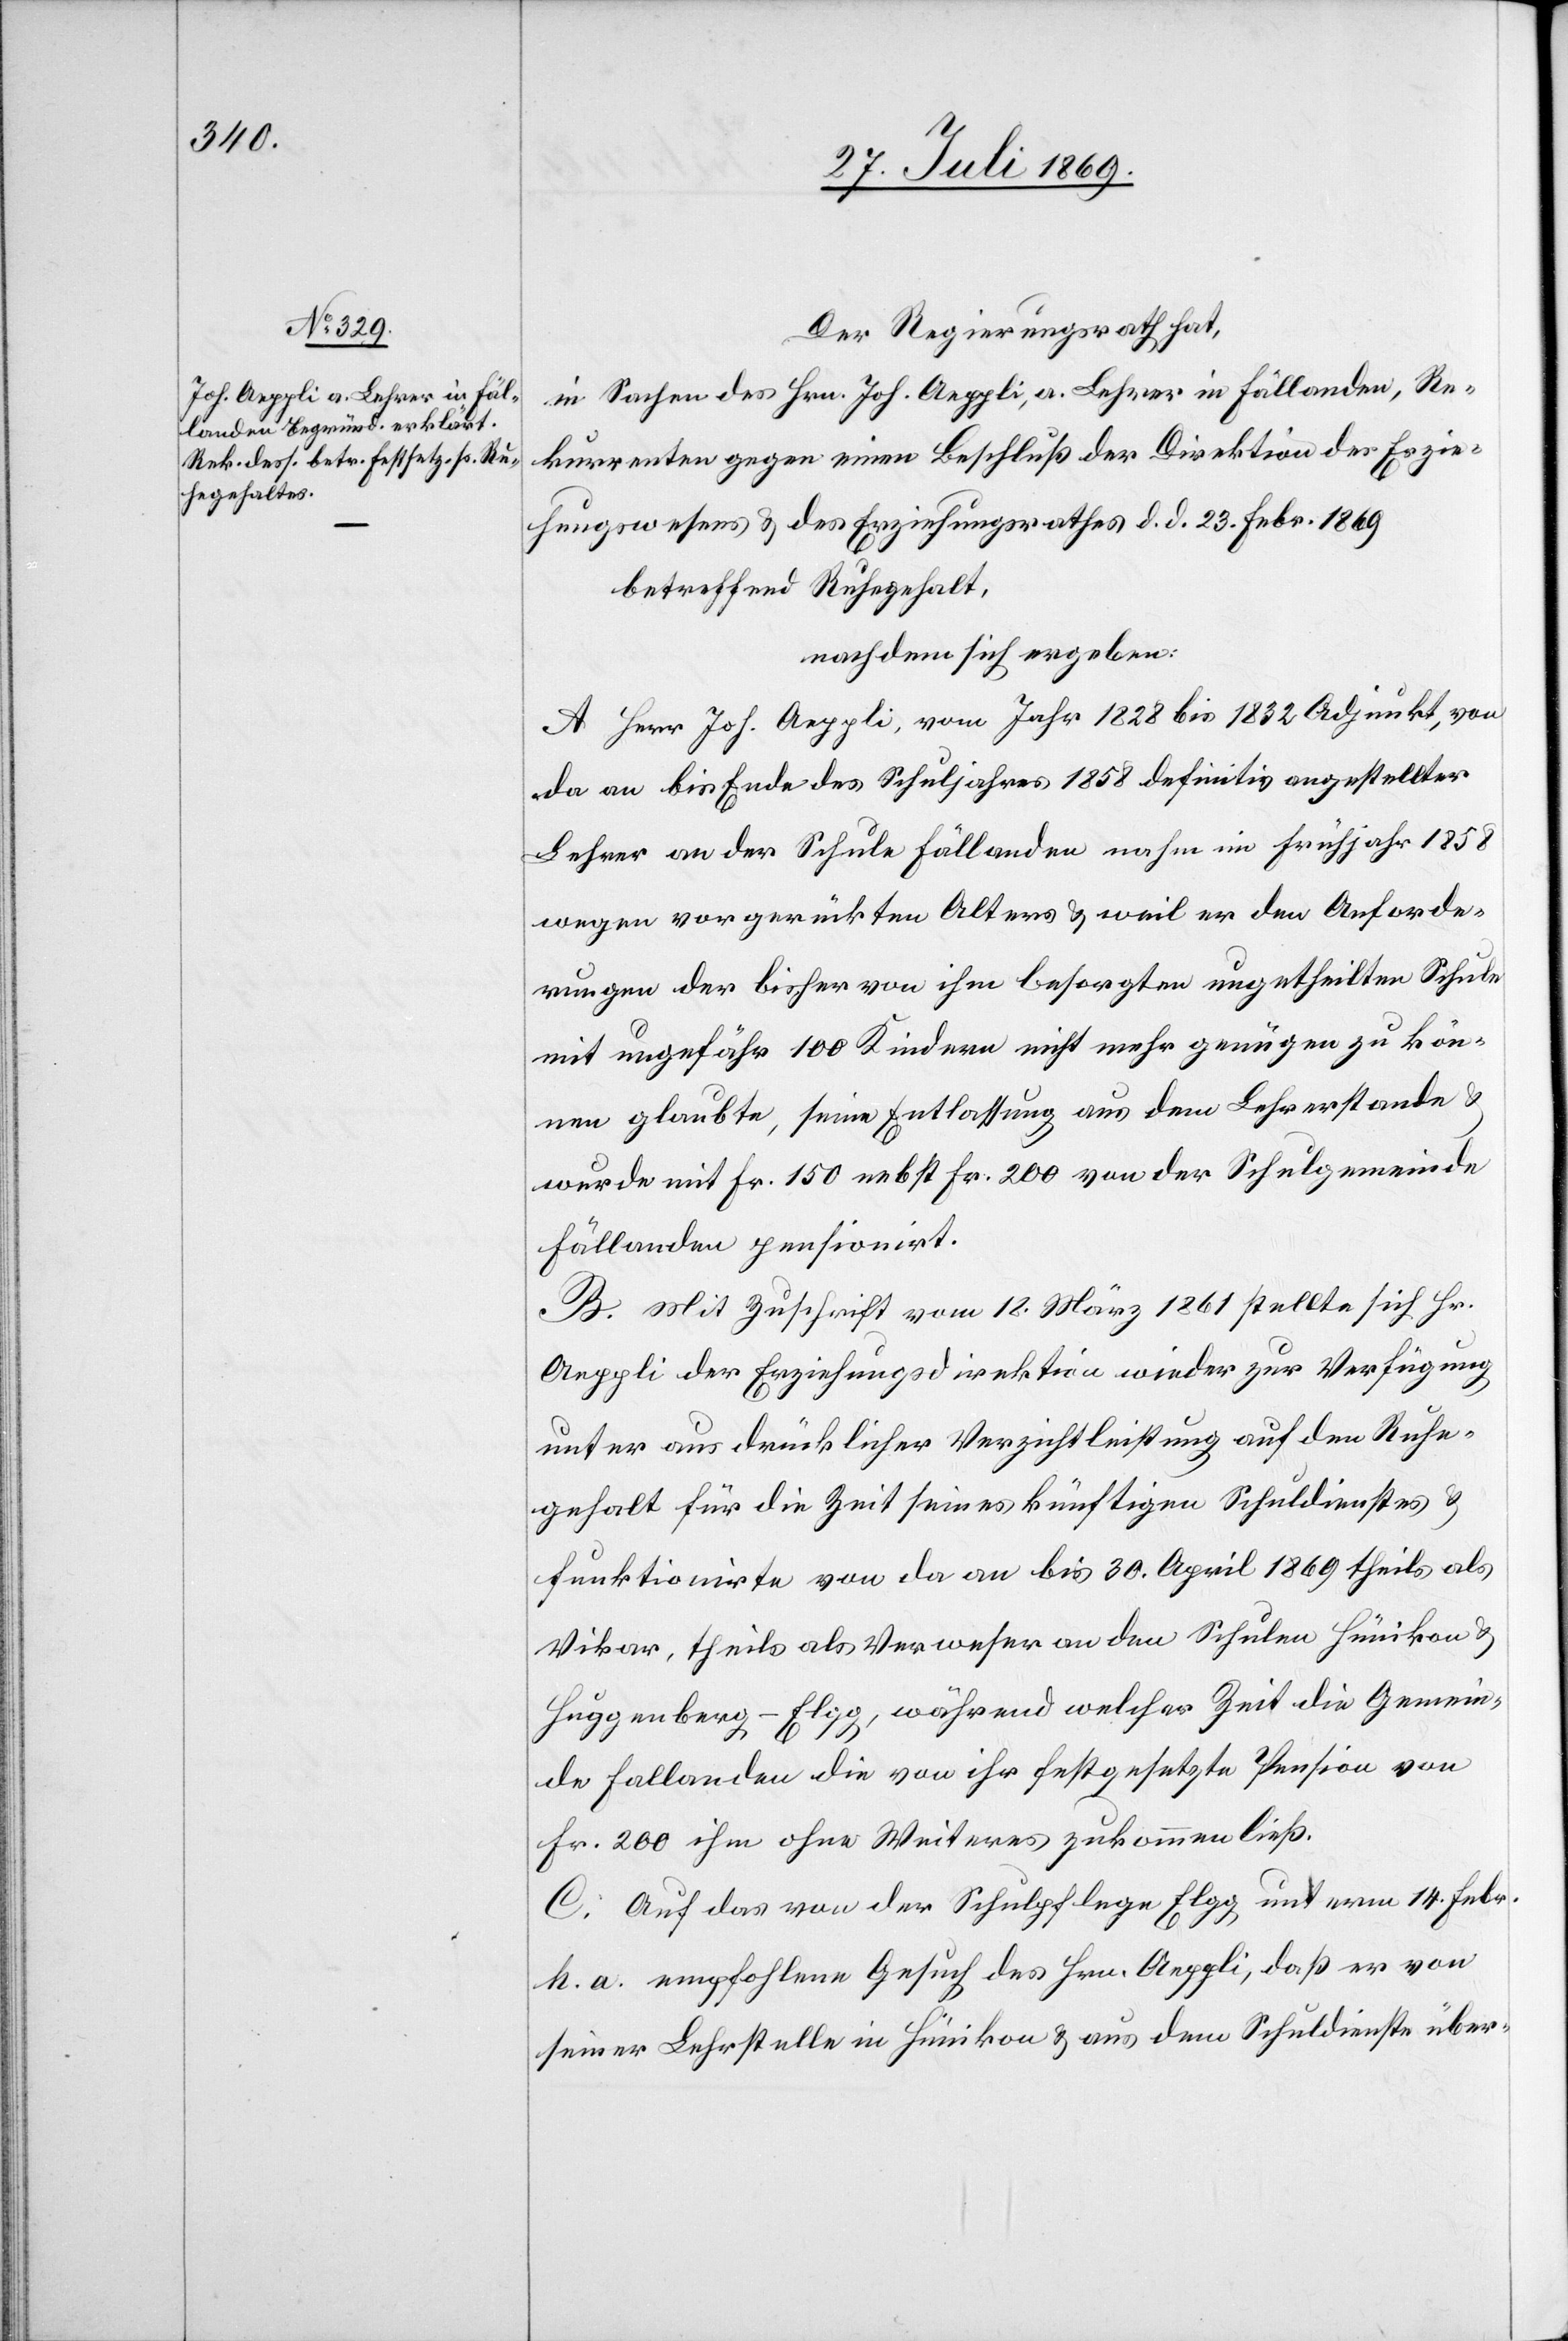
Der Regierungsrath hat,
in Sachen des Hrn. Joh. Aeppli, a. Lehrer in Fällanden, Re¬
kurrenten gegen einen Beschluß der Direktion des Erzie¬
hungswesens u. des Erziehungsrathes d. d. 23. Febr. 1869
betreffend Ruhegehalt,
nachdem sich ergeben:
A. Herr Joh. Aeppli, vom Jahr 1828 bis 1832 Adjunkt, von
da an bis Ende des Schuljahres 1858 definitiv angestellter
Lehrer an der Schule Fällanden nahm im Frühjahr 1858
wegen vorgerückten Alters u. weil er den Anforde¬
rungen der bisher von ihm besorgten ungetheilten Schule
mit ungefähr 100 Kindern nicht mehr genügen zu kön¬
nen glaubte, seine Entlassung aus dem Lehrerstande u.
wurde mit Fr. 150 nebst Fr. 200 von der Schulgemeinde
Fällanden pensionirt.
B. Mit Zuschrift vom 12. März 1861 stellte sich Hr.
Aeppli der Erziehungsdirektion wieder zur Verfügung
unter ausdrücklicher Verzichtleistung auf den Ruhe¬
gehalt für die Zeit seines künftigen Schuldienstes u.
funktionierte von da an bis 30. April 1869 theils als
Vikar, theils als Verweser an den Schulen Hünikon u.
Huggenberg-Elgg, während welcher Zeit die Gemein¬
de Fallanden die von ihr festgesetzte Pension von
Fr. 200 ihm ohne Weiteres zukommen ließ.
C. Auf das von der Schulpflege Elgg unterm 14. Febr.
h. a. empfohlene Gesuch des Hrn. Aeppli, daß er von
seiner Lehrstelle in Hünikon u. aus dem Schuldienste über-